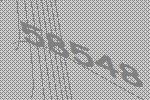
58548